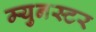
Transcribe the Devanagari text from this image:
म्युनस्टर